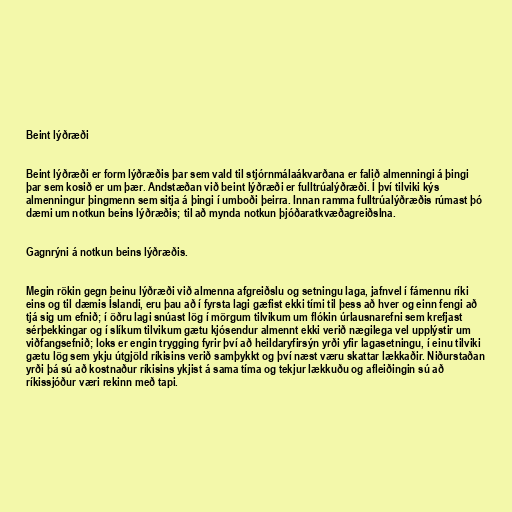
Beint lýðræði

Beint lýðræði er form lýðræðis þar sem vald til stjórnmálaákvarðana er falið almenningi á þingi
þar sem kosið er um þær. Andstæðan við beint lýðræði er fulltrúalýðræði. Í því tilviki kýs
almenningur þingmenn sem sitja á þingi í umboði þeirra. Innan ramma fulltrúalýðræðis rúmast þó
dæmi um notkun beins lýðræðis; til að mynda notkun þjóðaratkvæðagreiðslna.

Gagnrýni á notkun beins lýðræðis.

Megin rökin gegn beinu lýðræði við almenna afgreiðslu og setningu laga, jafnvel í fámennu ríki
eins og til dæmis Íslandi, eru þau að í fyrsta lagi gæfist ekki tími til þess að hver og einn fengi að
tjá sig um efnið; í öðru lagi snúast lög í mörgum tilvikum um flókin úrlausnarefni sem krefjast
sérþekkingar og í slíkum tilvikum gætu kjósendur almennt ekki verið nægilega vel upplýstir um
viðfangsefnið; loks er engin trygging fyrir því að heildaryfirsýn yrði yfir lagasetningu, í einu tilviki
gætu lög sem ykju útgjöld ríkisins verið samþykkt og því næst væru skattar lækkaðir. Niðurstaðan
yrði þá sú að kostnaður ríkisins ykjist á sama tíma og tekjur lækkuðu og afleiðingin sú að
ríkissjóður væri rekinn með tapi.